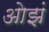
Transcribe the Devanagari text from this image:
ओझं